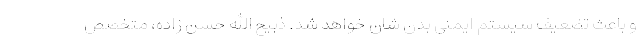
و باعث تضعیف سیستم ایمنی بدن شان خواهد شد. ذبیح الله حسن زاده، متخصص